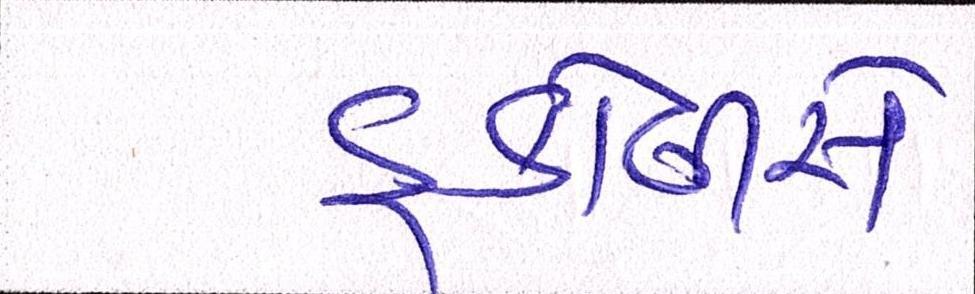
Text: ઙ્કોલીસે